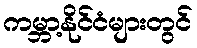
ကမ္ဘာ့နိုင်ငံများတွင်